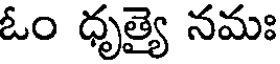
ఓం ధృత్యై నమః